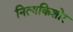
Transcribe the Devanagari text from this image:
नित्यकिशोर